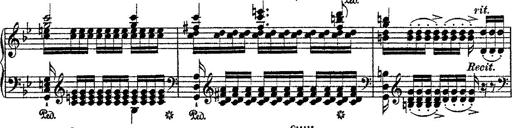
Title: Fantaisie romantique sur deux mÃ©lodies suisses
Composer: Franz Liszt